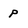
Character: p